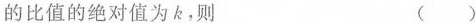
的比值的绝对值为k，则 ( )